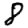
Digit: 8